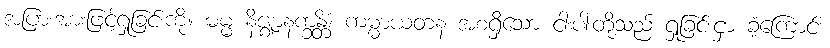
အပြားအားဖြင့်ရှုခြင်းကို။ ဓမ္မ နိဇ္ဈာနက္ခန္တိံ၊ ကမ္မာယတန အစရှိသော ငါးပါးတို့သည် ရှုခြင်းငှာ ခံ့ကြောင်း